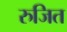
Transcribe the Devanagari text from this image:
रुजित